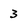
Character: 3